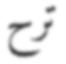
ترح